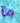
ما